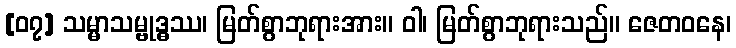
[၀၇] သမ္မာသမ္ဗုဒ္ဓဿ၊ မြတ်စွာဘုရားအား။ ဝါ၊ မြတ်စွာဘုရားသည်။ ဇေတဝနေ၊